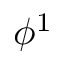
\phi ^ { 1 }